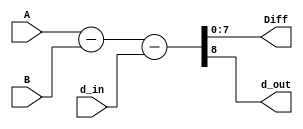
////////////////////////////////////////////////////////////////////////////////////////////////
//  This source is dedicated to the research paper enttled                                    //
//  "An 8-bit Serialized Architecture of SEED Block Cipher for Constrained Devices"           //
//  on IET Circuits, Devices & Systems journal                                                //
//  Institute: University of the Peloponnese                                                  //
//  Department: Electrical and Computer Engineering                                           //
//                                                                                            //
//  This source is distributed in the hope that it will be useful, but WITHOUT ANY WARRANTY.  //
////////////////////////////////////////////////////////////////////////////////////////////////

module subtractor(
input [7:0] A,
input [7:0] B,
input d_in,
output [7:0] Diff,
output d_out
    );
    
wire [8:0] D =  {1'b0,A} - {1'b0,B} - d_in;
  
assign Diff = D[7:0];
assign d_out = D[8];
      
endmodule